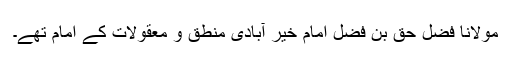
مولانا فضل حق بن فضل امام خیر آبادی منطق و معقولات کے امام تھے۔